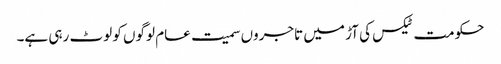
حکومت ٹیکس کی آڑ میں تاجروں سمیت عام لوگوں کو لوٹ رہی ہے۔